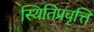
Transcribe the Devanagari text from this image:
स्थितिप्रवृत्ति